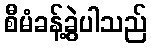
စီမံခန့်ခွဲပါသည်